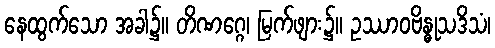
နေထွက်သော အခါ၌။ တိဏဂ္ဂေ၊ မြက်ဖျား၌။ ဥဿာဝဗိန္ဓုသဒိသံ၊